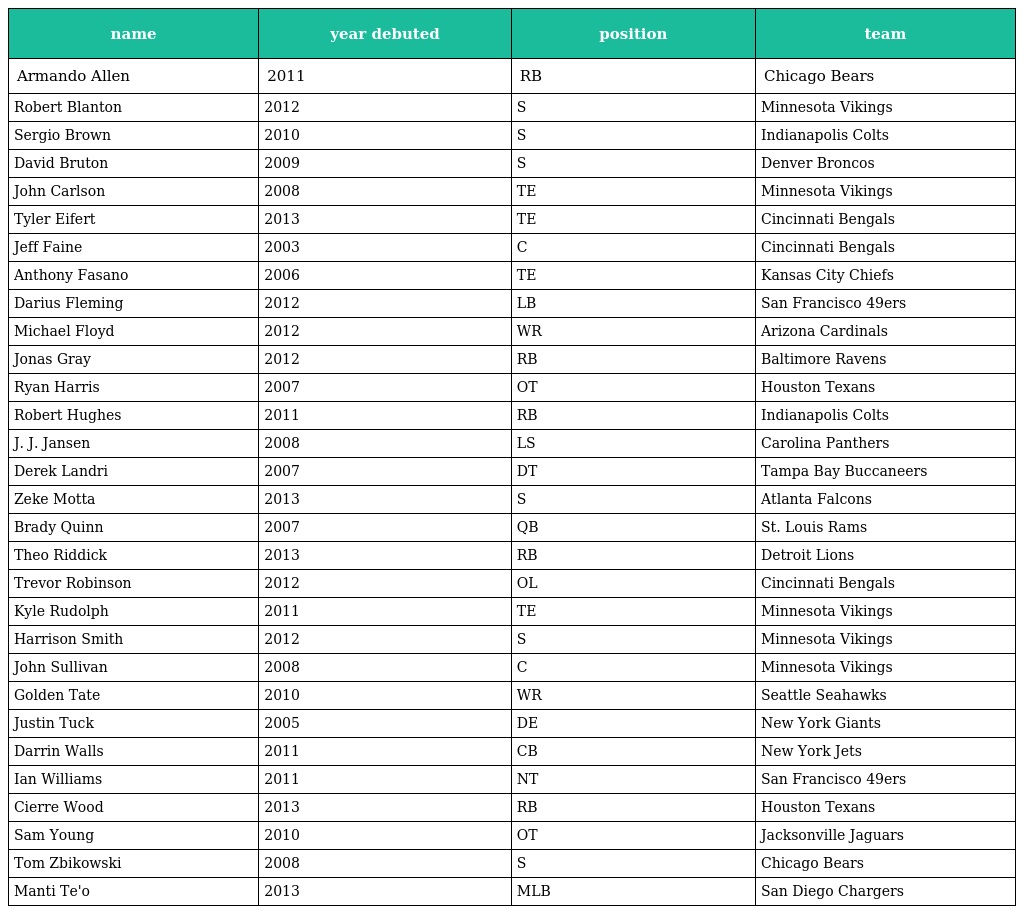
| name | year debuted | position | team |
 | --- | --- | --- | --- |
 | Armando Allen | 2011 | RB | Chicago Bears |
 | Robert Blanton | 2012 | S | Minnesota Vikings |
 | Sergio Brown | 2010 | S | Indianapolis Colts |
 | David Bruton | 2009 | S | Denver Broncos |
 | John Carlson | 2008 | TE | Minnesota Vikings |
 | Tyler Eifert | 2013 | TE | Cincinnati Bengals |
 | Jeff Faine | 2003 | C | Cincinnati Bengals |
 | Anthony Fasano | 2006 | TE | Kansas City Chiefs |
 | Darius Fleming | 2012 | LB | San Francisco 49ers |
 | Michael Floyd | 2012 | WR | Arizona Cardinals |
 | Jonas Gray | 2012 | RB | Baltimore Ravens |
 | Ryan Harris | 2007 | OT | Houston Texans |
 | Robert Hughes | 2011 | RB | Indianapolis Colts |
 | J. J. Jansen | 2008 | LS | Carolina Panthers |
 | Derek Landri | 2007 | DT | Tampa Bay Buccaneers |
 | Zeke Motta | 2013 | S | Atlanta Falcons |
 | Brady Quinn | 2007 | QB | St. Louis Rams |
 | Theo Riddick | 2013 | RB | Detroit Lions |
 | Trevor Robinson | 2012 | OL | Cincinnati Bengals |
 | Kyle Rudolph | 2011 | TE | Minnesota Vikings |
 | Harrison Smith | 2012 | S | Minnesota Vikings |
 | John Sullivan | 2008 | C | Minnesota Vikings |
 | Golden Tate | 2010 | WR | Seattle Seahawks |
 | Justin Tuck | 2005 | DE | New York Giants |
 | Darrin Walls | 2011 | CB | New York Jets |
 | Ian Williams | 2011 | NT | San Francisco 49ers |
 | Cierre Wood | 2013 | RB | Houston Texans |
 | Sam Young | 2010 | OT | Jacksonville Jaguars |
 | Tom Zbikowski | 2008 | S | Chicago Bears |
 | Manti Te'o | 2013 | MLB | San Diego Chargers |